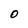
Character: 0